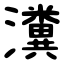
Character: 瀵